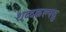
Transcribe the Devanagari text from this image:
शब्दकल्पद्रु